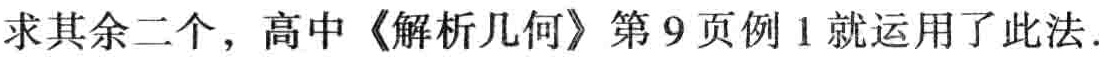
求其余二个，高中《解析几何》第9页例1就运用了此法.